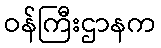
ဝန်ကြီးဌာနက